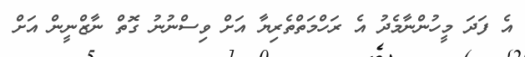
އެ ފަދަ މީހުންނާމެދު އެ ރަހްމަތްތެރިޔާ އަށް ވިސްނުނު ގޮތް ނާޒްނީން އަށް